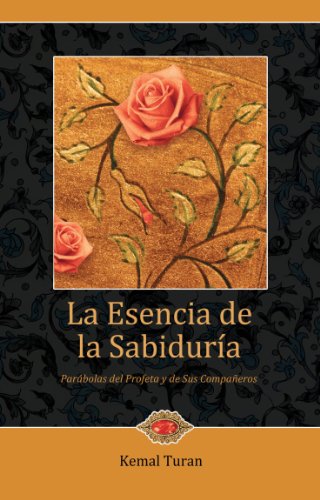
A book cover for La Esencia de la Sabiduria (Spanish Edition); Kemal Turan; Religion & Spirituality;